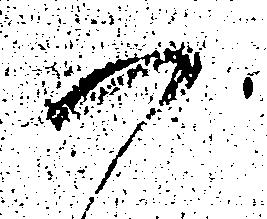
へ